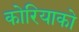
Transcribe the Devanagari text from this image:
कोरियाको